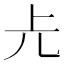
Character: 𠑷